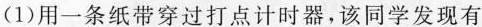
(1)用一条纸带穿过打点计时器，该同学发现有